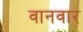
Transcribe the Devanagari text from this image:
वानवार